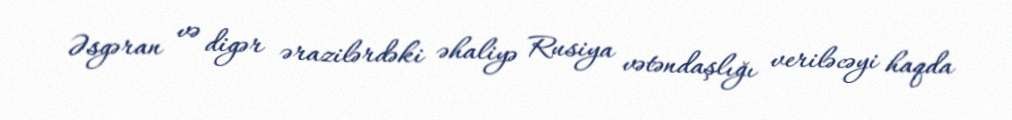
Əsgəran və digər ərazilərdəki əhaliyə Rusiya vətəndaşlığı veriləcəyi haqda